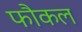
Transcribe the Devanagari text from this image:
फौकल